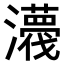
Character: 𤃿